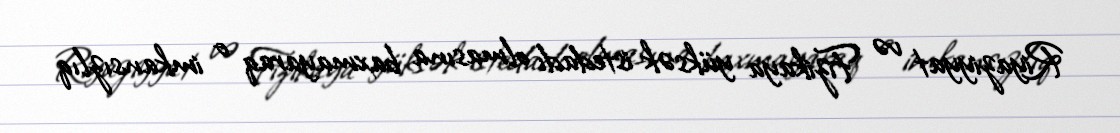
Riyaziyyat və Fizikaya yüksək istedadı olmasına baxmayaraq o imkansızlıq